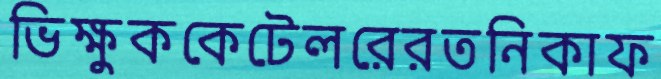
ভিক্ষুককেটেলরেরতনিকাফ